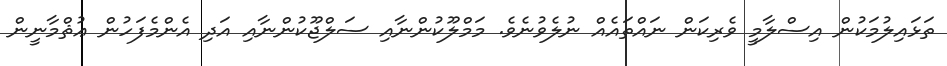
ތަޅައިލުމަކުން އިސްލާމީ ވެރިކަން ނައްތައެއް ނުލެވުނެވެ. މަމްލޫކުންނާއި ސަލްޖޫކުންނާއި އަދި އެންމެފަހުން ޢުޘްމާނީން